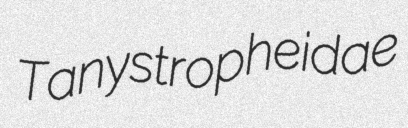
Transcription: Tanystropheidae